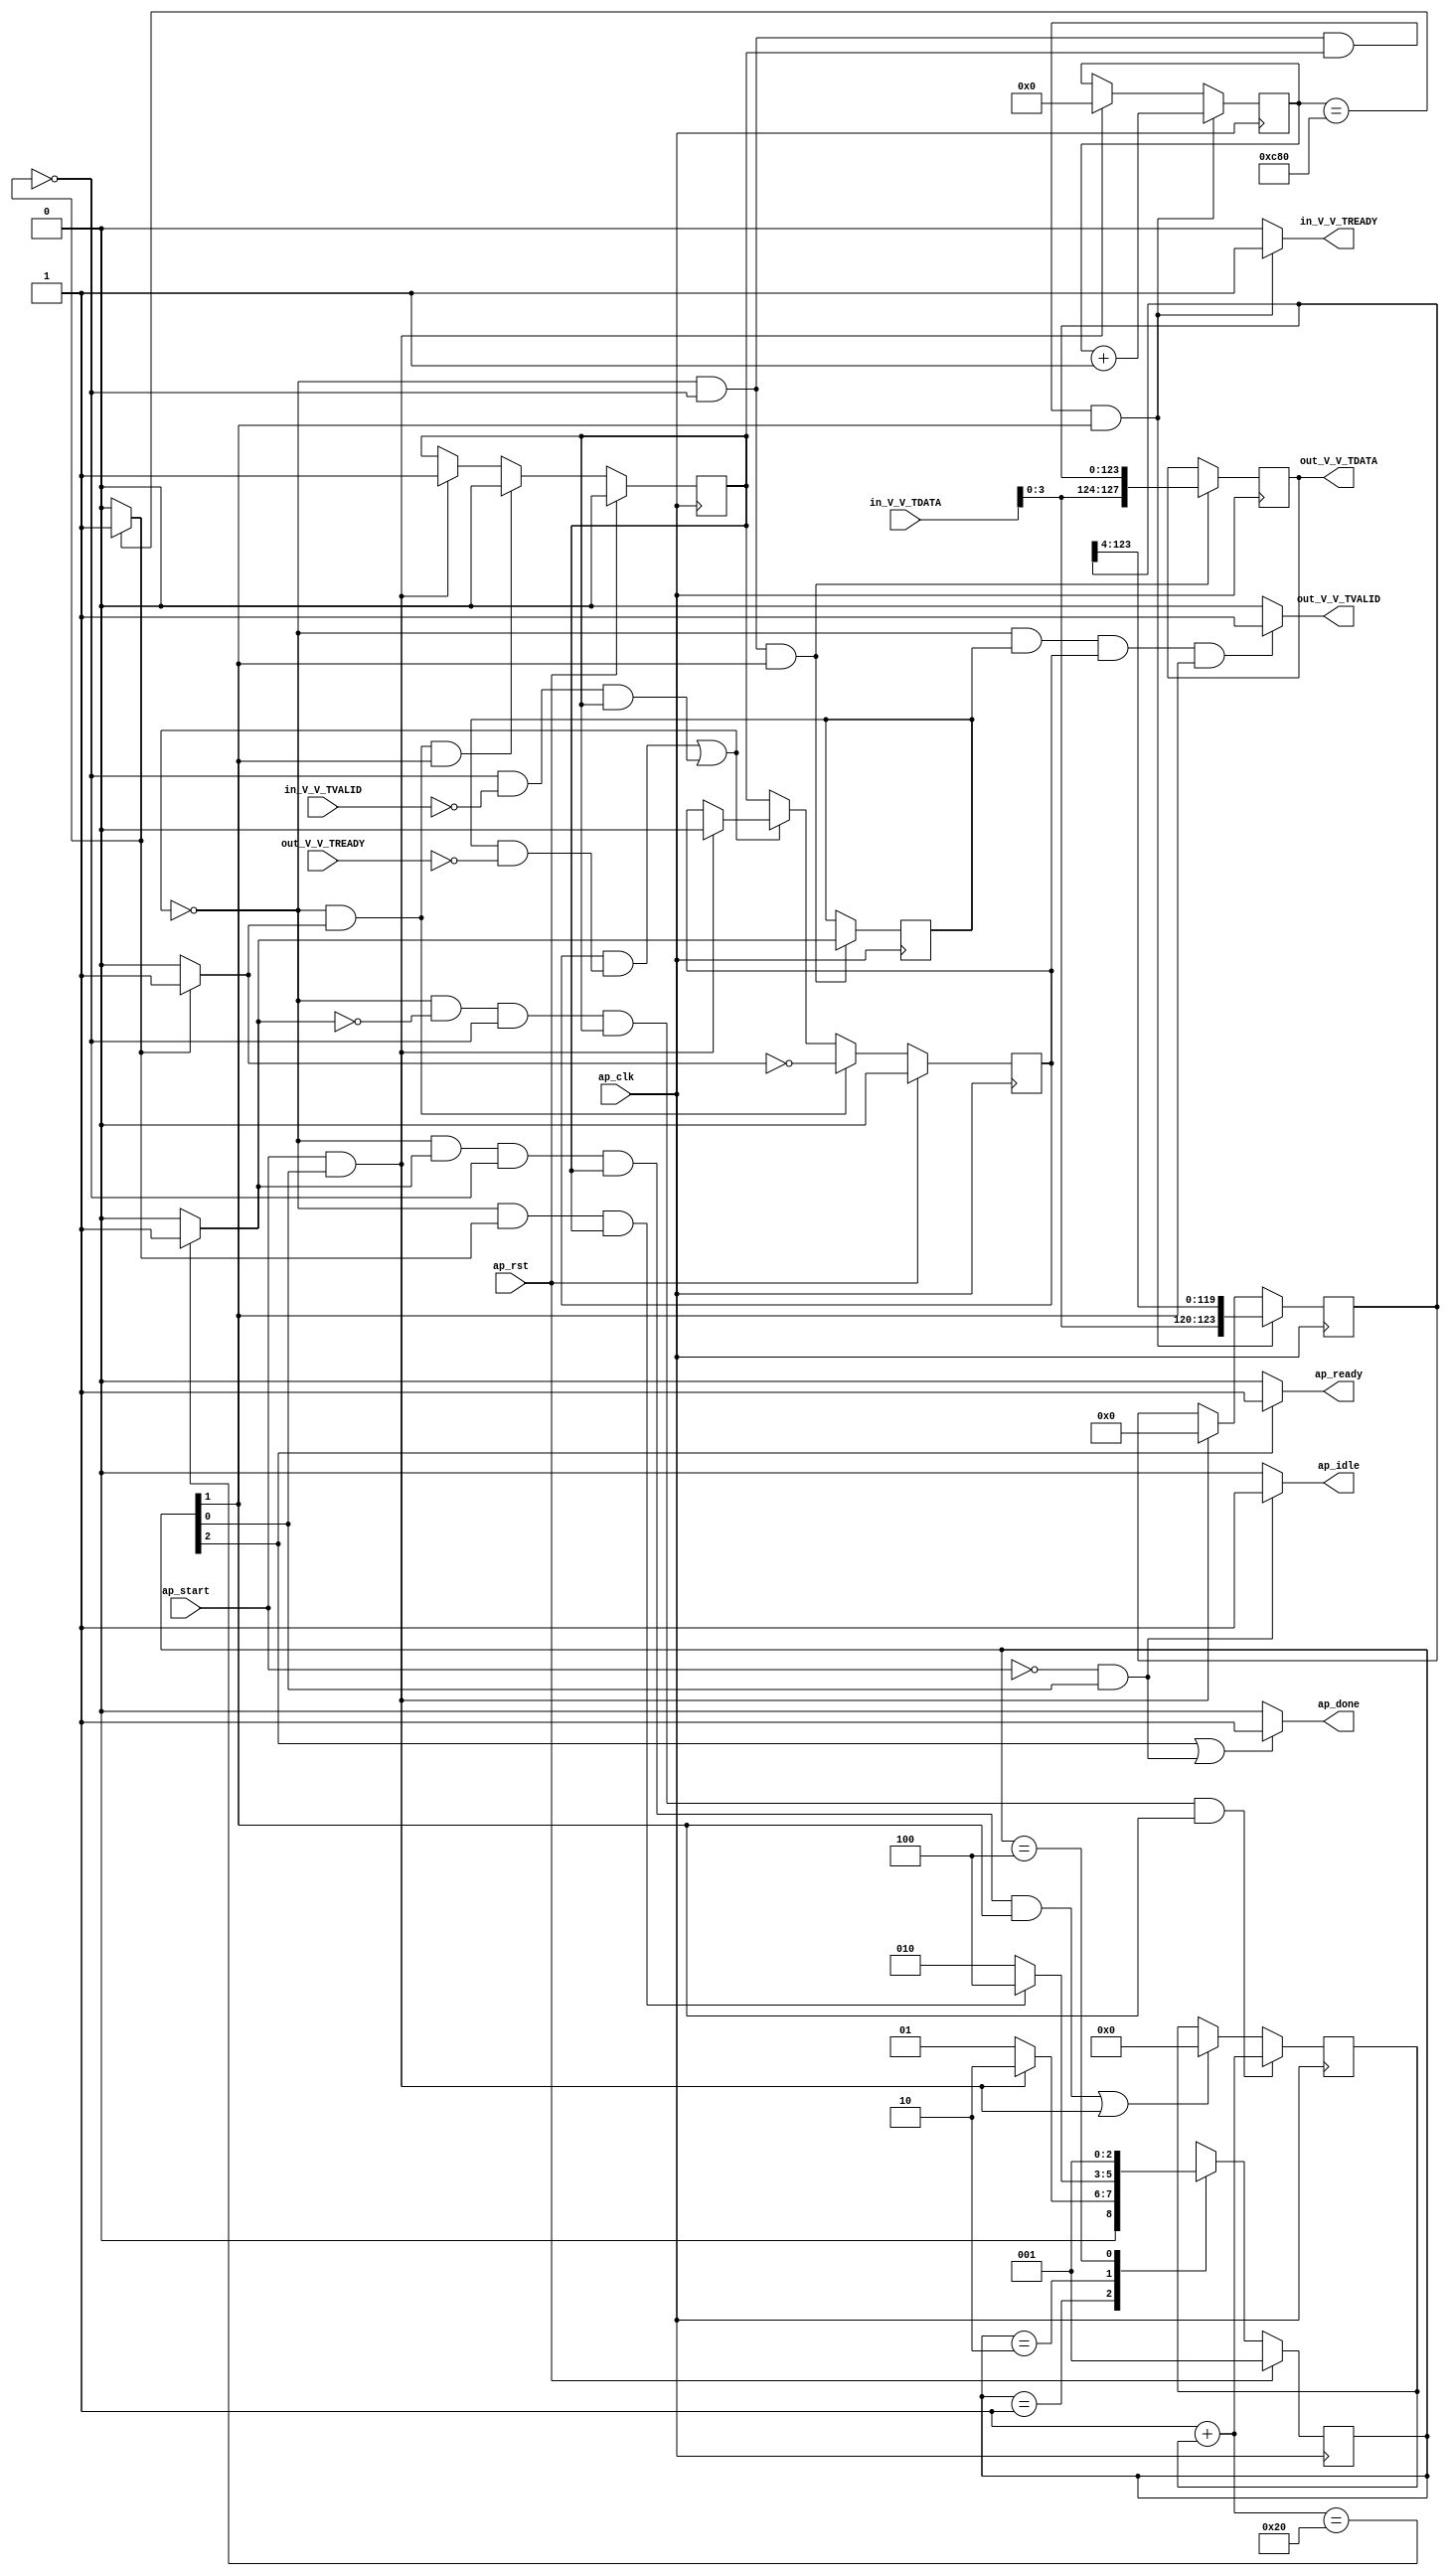
// ==============================================================
// RTL generated by Vivado(TM) HLS - High-Level Synthesis from C, C++ and OpenCL
// Version: 2020.1
// Copyright (C) 1986-2020 Xilinx, Inc. All Rights Reserved.
// 
// ===========================================================

`timescale 1 ns / 1 ps 

module StreamingDataWidthConverter_Batch_1_StreamingDataWidthCo_1 (
        ap_clk,
        ap_rst,
        ap_start,
        ap_done,
        ap_idle,
        ap_ready,
        in_V_V_TDATA,
        in_V_V_TVALID,
        in_V_V_TREADY,
        out_V_V_TDATA,
        out_V_V_TVALID,
        out_V_V_TREADY
);

parameter    ap_ST_fsm_state1 = 3'd1;
parameter    ap_ST_fsm_pp0_stage0 = 3'd2;
parameter    ap_ST_fsm_state4 = 3'd4;

input   ap_clk;
input   ap_rst;
input   ap_start;
output   ap_done;
output   ap_idle;
output   ap_ready;
input  [7:0] in_V_V_TDATA;
input   in_V_V_TVALID;
output   in_V_V_TREADY;
output  [127:0] out_V_V_TDATA;
output   out_V_V_TVALID;
input   out_V_V_TREADY;

reg ap_done;
reg ap_idle;
reg ap_ready;
reg in_V_V_TREADY;
reg out_V_V_TVALID;

(* fsm_encoding = "none" *) reg   [2:0] ap_CS_fsm;
wire    ap_CS_fsm_state1;
reg    in_V_V_TDATA_blk_n;
wire    ap_CS_fsm_pp0_stage0;
reg    ap_enable_reg_pp0_iter0;
wire    ap_block_pp0_stage0;
wire   [0:0] icmp_ln508_fu_96_p2;
reg    out_V_V_TDATA_blk_n;
reg    ap_enable_reg_pp0_iter1;
reg   [0:0] icmp_ln517_reg_179;
reg   [123:0] r_V_reg_69;
reg   [11:0] t_0_reg_80;
reg    ap_block_state2_pp0_stage0_iter0;
wire    ap_block_state3_pp0_stage0_iter1;
reg    ap_block_state3_io;
reg    ap_block_pp0_stage0_11001;
wire   [11:0] t_fu_102_p2;
wire   [127:0] p_Result_s_fu_115_p3;
reg   [127:0] p_Result_s_reg_174;
wire   [0:0] icmp_ln517_fu_129_p2;
wire   [123:0] trunc_ln_fu_150_p3;
reg    ap_block_pp0_stage0_subdone;
reg    ap_condition_pp0_exit_iter0_state2;
reg   [31:0] i_1_fu_52;
wire   [31:0] i_fu_123_p2;
reg    ap_block_pp0_stage0_01001;
wire   [3:0] tmp_V_fu_111_p1;
wire   [119:0] tmp_1_fu_140_p4;
wire    ap_CS_fsm_state4;
reg   [2:0] ap_NS_fsm;
reg    ap_idle_pp0;
wire    ap_enable_pp0;

// power-on initialization
initial begin
#0 ap_CS_fsm = 3'd1;
#0 ap_enable_reg_pp0_iter0 = 1'b0;
#0 ap_enable_reg_pp0_iter1 = 1'b0;
end

always @ (posedge ap_clk) begin
    if (ap_rst == 1'b1) begin
        ap_CS_fsm <= ap_ST_fsm_state1;
    end else begin
        ap_CS_fsm <= ap_NS_fsm;
    end
end

always @ (posedge ap_clk) begin
    if (ap_rst == 1'b1) begin
        ap_enable_reg_pp0_iter0 <= 1'b0;
    end else begin
        if (((1'b0 == ap_block_pp0_stage0_subdone) & (1'b1 == ap_condition_pp0_exit_iter0_state2) & (1'b1 == ap_CS_fsm_pp0_stage0))) begin
            ap_enable_reg_pp0_iter0 <= 1'b0;
        end else if (((ap_start == 1'b1) & (1'b1 == ap_CS_fsm_state1))) begin
            ap_enable_reg_pp0_iter0 <= 1'b1;
        end
    end
end

always @ (posedge ap_clk) begin
    if (ap_rst == 1'b1) begin
        ap_enable_reg_pp0_iter1 <= 1'b0;
    end else begin
        if (((1'b0 == ap_block_pp0_stage0_subdone) & (1'b1 == ap_condition_pp0_exit_iter0_state2))) begin
            ap_enable_reg_pp0_iter1 <= (1'b1 ^ ap_condition_pp0_exit_iter0_state2);
        end else if ((1'b0 == ap_block_pp0_stage0_subdone)) begin
            ap_enable_reg_pp0_iter1 <= ap_enable_reg_pp0_iter0;
        end else if (((ap_start == 1'b1) & (1'b1 == ap_CS_fsm_state1))) begin
            ap_enable_reg_pp0_iter1 <= 1'b0;
        end
    end
end

always @ (posedge ap_clk) begin
    if (((1'b0 == ap_block_pp0_stage0_11001) & (icmp_ln517_fu_129_p2 == 1'd0) & (icmp_ln508_fu_96_p2 == 1'd0) & (ap_enable_reg_pp0_iter0 == 1'b1) & (1'b1 == ap_CS_fsm_pp0_stage0))) begin
        i_1_fu_52 <= i_fu_123_p2;
    end else if ((((1'b0 == ap_block_pp0_stage0_11001) & (icmp_ln517_fu_129_p2 == 1'd1) & (icmp_ln508_fu_96_p2 == 1'd0) & (ap_enable_reg_pp0_iter0 == 1'b1) & (1'b1 == ap_CS_fsm_pp0_stage0)) | ((ap_start == 1'b1) & (1'b1 == ap_CS_fsm_state1)))) begin
        i_1_fu_52 <= 32'd0;
    end
end

always @ (posedge ap_clk) begin
    if (((1'b0 == ap_block_pp0_stage0_11001) & (icmp_ln508_fu_96_p2 == 1'd0) & (ap_enable_reg_pp0_iter0 == 1'b1) & (1'b1 == ap_CS_fsm_pp0_stage0))) begin
        r_V_reg_69 <= trunc_ln_fu_150_p3;
    end else if (((ap_start == 1'b1) & (1'b1 == ap_CS_fsm_state1))) begin
        r_V_reg_69 <= 124'd0;
    end
end

always @ (posedge ap_clk) begin
    if (((1'b0 == ap_block_pp0_stage0_11001) & (icmp_ln508_fu_96_p2 == 1'd0) & (ap_enable_reg_pp0_iter0 == 1'b1) & (1'b1 == ap_CS_fsm_pp0_stage0))) begin
        t_0_reg_80 <= t_fu_102_p2;
    end else if (((ap_start == 1'b1) & (1'b1 == ap_CS_fsm_state1))) begin
        t_0_reg_80 <= 12'd0;
    end
end

always @ (posedge ap_clk) begin
    if (((1'b0 == ap_block_pp0_stage0_11001) & (icmp_ln508_fu_96_p2 == 1'd0) & (1'b1 == ap_CS_fsm_pp0_stage0))) begin
        icmp_ln517_reg_179 <= icmp_ln517_fu_129_p2;
        p_Result_s_reg_174 <= p_Result_s_fu_115_p3;
    end
end

always @ (*) begin
    if ((icmp_ln508_fu_96_p2 == 1'd1)) begin
        ap_condition_pp0_exit_iter0_state2 = 1'b1;
    end else begin
        ap_condition_pp0_exit_iter0_state2 = 1'b0;
    end
end

always @ (*) begin
    if (((1'b1 == ap_CS_fsm_state4) | ((ap_start == 1'b0) & (1'b1 == ap_CS_fsm_state1)))) begin
        ap_done = 1'b1;
    end else begin
        ap_done = 1'b0;
    end
end

always @ (*) begin
    if (((ap_start == 1'b0) & (1'b1 == ap_CS_fsm_state1))) begin
        ap_idle = 1'b1;
    end else begin
        ap_idle = 1'b0;
    end
end

always @ (*) begin
    if (((ap_enable_reg_pp0_iter1 == 1'b0) & (ap_enable_reg_pp0_iter0 == 1'b0))) begin
        ap_idle_pp0 = 1'b1;
    end else begin
        ap_idle_pp0 = 1'b0;
    end
end

always @ (*) begin
    if ((1'b1 == ap_CS_fsm_state4)) begin
        ap_ready = 1'b1;
    end else begin
        ap_ready = 1'b0;
    end
end

always @ (*) begin
    if (((icmp_ln508_fu_96_p2 == 1'd0) & (1'b0 == ap_block_pp0_stage0) & (ap_enable_reg_pp0_iter0 == 1'b1) & (1'b1 == ap_CS_fsm_pp0_stage0))) begin
        in_V_V_TDATA_blk_n = in_V_V_TVALID;
    end else begin
        in_V_V_TDATA_blk_n = 1'b1;
    end
end

always @ (*) begin
    if (((1'b0 == ap_block_pp0_stage0_11001) & (icmp_ln508_fu_96_p2 == 1'd0) & (ap_enable_reg_pp0_iter0 == 1'b1) & (1'b1 == ap_CS_fsm_pp0_stage0))) begin
        in_V_V_TREADY = 1'b1;
    end else begin
        in_V_V_TREADY = 1'b0;
    end
end

always @ (*) begin
    if (((icmp_ln517_reg_179 == 1'd1) & (1'b0 == ap_block_pp0_stage0) & (ap_enable_reg_pp0_iter1 == 1'b1) & (1'b1 == ap_CS_fsm_pp0_stage0))) begin
        out_V_V_TDATA_blk_n = out_V_V_TREADY;
    end else begin
        out_V_V_TDATA_blk_n = 1'b1;
    end
end

always @ (*) begin
    if (((1'b0 == ap_block_pp0_stage0_11001) & (icmp_ln517_reg_179 == 1'd1) & (ap_enable_reg_pp0_iter1 == 1'b1) & (1'b1 == ap_CS_fsm_pp0_stage0))) begin
        out_V_V_TVALID = 1'b1;
    end else begin
        out_V_V_TVALID = 1'b0;
    end
end

always @ (*) begin
    case (ap_CS_fsm)
        ap_ST_fsm_state1 : begin
            if (((ap_start == 1'b1) & (1'b1 == ap_CS_fsm_state1))) begin
                ap_NS_fsm = ap_ST_fsm_pp0_stage0;
            end else begin
                ap_NS_fsm = ap_ST_fsm_state1;
            end
        end
        ap_ST_fsm_pp0_stage0 : begin
            if (~((1'b0 == ap_block_pp0_stage0_subdone) & (icmp_ln508_fu_96_p2 == 1'd1) & (ap_enable_reg_pp0_iter0 == 1'b1))) begin
                ap_NS_fsm = ap_ST_fsm_pp0_stage0;
            end else if (((1'b0 == ap_block_pp0_stage0_subdone) & (icmp_ln508_fu_96_p2 == 1'd1) & (ap_enable_reg_pp0_iter0 == 1'b1))) begin
                ap_NS_fsm = ap_ST_fsm_state4;
            end else begin
                ap_NS_fsm = ap_ST_fsm_pp0_stage0;
            end
        end
        ap_ST_fsm_state4 : begin
            ap_NS_fsm = ap_ST_fsm_state1;
        end
        default : begin
            ap_NS_fsm = 'bx;
        end
    endcase
end

assign ap_CS_fsm_pp0_stage0 = ap_CS_fsm[32'd1];

assign ap_CS_fsm_state1 = ap_CS_fsm[32'd0];

assign ap_CS_fsm_state4 = ap_CS_fsm[32'd2];

assign ap_block_pp0_stage0 = ~(1'b1 == 1'b1);

always @ (*) begin
    ap_block_pp0_stage0_01001 = ((icmp_ln508_fu_96_p2 == 1'd0) & (in_V_V_TVALID == 1'b0) & (ap_enable_reg_pp0_iter0 == 1'b1));
end

always @ (*) begin
    ap_block_pp0_stage0_11001 = (((ap_enable_reg_pp0_iter1 == 1'b1) & (1'b1 == ap_block_state3_io)) | ((icmp_ln508_fu_96_p2 == 1'd0) & (in_V_V_TVALID == 1'b0) & (ap_enable_reg_pp0_iter0 == 1'b1)));
end

always @ (*) begin
    ap_block_pp0_stage0_subdone = (((ap_enable_reg_pp0_iter1 == 1'b1) & (1'b1 == ap_block_state3_io)) | ((icmp_ln508_fu_96_p2 == 1'd0) & (in_V_V_TVALID == 1'b0) & (ap_enable_reg_pp0_iter0 == 1'b1)));
end

always @ (*) begin
    ap_block_state2_pp0_stage0_iter0 = ((icmp_ln508_fu_96_p2 == 1'd0) & (in_V_V_TVALID == 1'b0));
end

always @ (*) begin
    ap_block_state3_io = ((icmp_ln517_reg_179 == 1'd1) & (out_V_V_TREADY == 1'b0));
end

assign ap_block_state3_pp0_stage0_iter1 = ~(1'b1 == 1'b1);

assign ap_enable_pp0 = (ap_idle_pp0 ^ 1'b1);

assign i_fu_123_p2 = (32'd1 + i_1_fu_52);

assign icmp_ln508_fu_96_p2 = ((t_0_reg_80 == 12'd3200) ? 1'b1 : 1'b0);

assign icmp_ln517_fu_129_p2 = ((i_fu_123_p2 == 32'd32) ? 1'b1 : 1'b0);

assign out_V_V_TDATA = p_Result_s_reg_174;

assign p_Result_s_fu_115_p3 = {{tmp_V_fu_111_p1}, {r_V_reg_69}};

assign t_fu_102_p2 = (t_0_reg_80 + 12'd1);

assign tmp_1_fu_140_p4 = {{r_V_reg_69[123:4]}};

assign tmp_V_fu_111_p1 = in_V_V_TDATA[3:0];

assign trunc_ln_fu_150_p3 = {{tmp_V_fu_111_p1}, {tmp_1_fu_140_p4}};

endmodule //StreamingDataWidthConverter_Batch_1_StreamingDataWidthCo_1